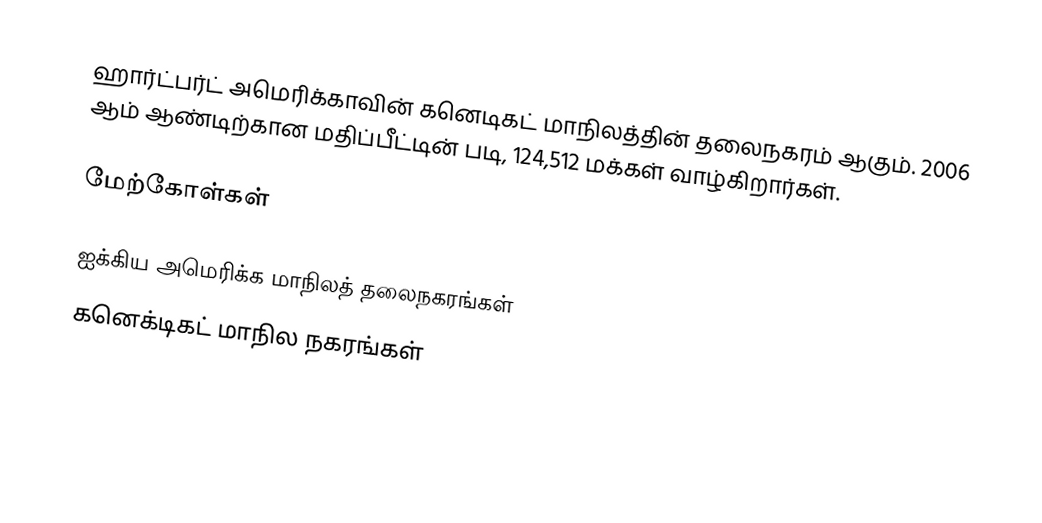
ஹார்ட்பர்ட் அமெரிக்காவின் கனெடிகட் மாநிலத்தின் தலைநகரம் ஆகும். 2006 ஆம் ஆண்டிற்கான மதிப்பீட்டின் படி, 124,512 மக்கள் வாழ்கிறார்கள்.

மேற்கோள்கள்

ஐக்கிய அமெரிக்க மாநிலத் தலைநகரங்கள்
கனெக்டிகட் மாநில நகரங்கள்